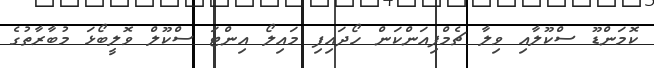
ކޮމަންޑޫ ސްކޫލާއި ވިލާ ޗެމްޕިއަންކަން ހޯދައިފި މައިލޯ އިންޓަ ސްކޫލް ވޮލީބޯޅަ މުބާރާތުގެ